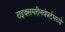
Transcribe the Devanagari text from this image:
राइक्समरीनवेर्फ्टमध्ये